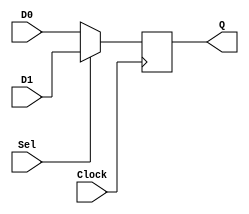
module muxdff (D0, D1, Sel, Clock, Q);
	input D0, D1, Sel, Clock;
	output reg Q;

	always @(posedge Clock)
	 	if (!Sel)
			Q <= D0;
		else 
			Q <= D1;
		
endmodule